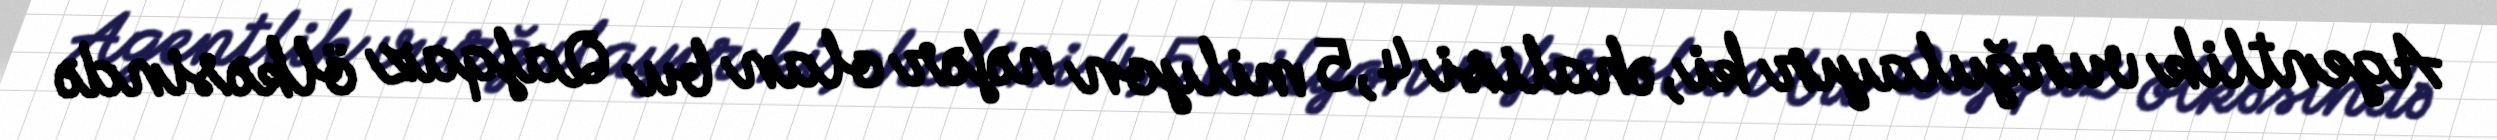
Agentlik vurğulayır ki, əhalisi 4,5 milyon nəfər olan bu Qafqaz ölkəsində